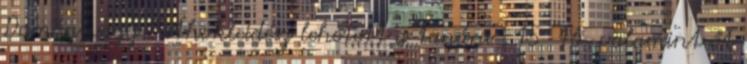
Damón vagy Püthokleidész lehetett a tanára , 15 16 valamint őt